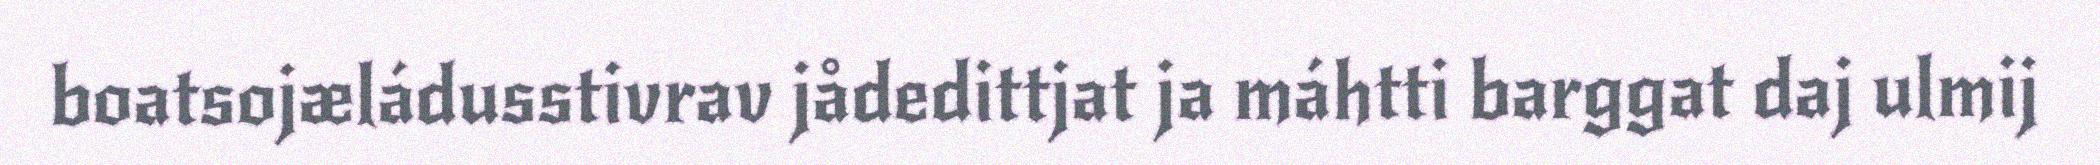
boatsojæládusstivrav jådedittjat ja máhtti barggat daj ulmij